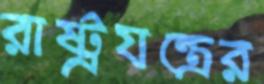
রাষ্ট্রযন্ত্রের